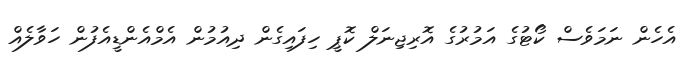
އެހެން ނަމަވެސް ކޯޓުގެ އަމުރުގެ އޮރިޖިނަލް ކޮޕީ ހިފައިގެން ދިއުމުން އެމްއެންޑީއެފުން ހަވާލެއް